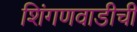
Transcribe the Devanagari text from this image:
शिंगणवाडीची